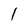
Character: 1